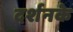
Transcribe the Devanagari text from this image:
दर्शनके